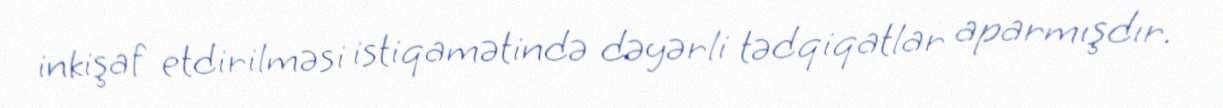
inkişaf etdirilməsi istiqamətində dəyərli tədqiqatlar aparmışdır.